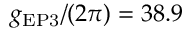
g _ { \mathrm { { E P 3 } } } / ( 2 \pi ) = 3 8 . 9